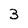
Character: 3